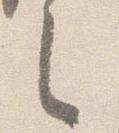
之